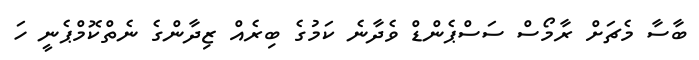
ބާސާ މެޗަށް ރާމޯސް ސަސްޕެންޑް ވެދާނެ ކަމުގެ ބިރެއް ޒިދާންގެ ނެތްކޮމްޕެނީ ހަ